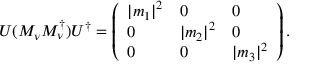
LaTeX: U ( { \cal M } _ { \nu } { \cal M } _ { \nu } ^ { \dagger } ) U ^ { \dagger } = \left( \begin{array} { l l l } { { | m _ { 1 } | ^ { 2 } } } & { { 0 } } & { { 0 } } \\ { { 0 } } & { { | m _ { 2 } | ^ { 2 } } } & { { 0 } } \\ { { 0 } } & { { 0 } } & { { | m _ { 3 } | ^ { 2 } } } \end{array} \right) .